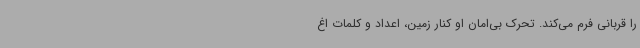
را قربانی فرم می‌کند. تحرک بی‌امان او کنار زمین، اعداد و کلمات اغ